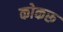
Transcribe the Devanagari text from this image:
कोकरू